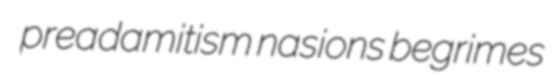
preadamitism nasions begrimes